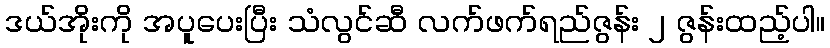
ဒယ်အိုးကို အပူပေးပြီး သံလွင်ဆီ လက်ဖက်ရည်ဇွန်း ၂ ဇွန်းထည့်ပါ။